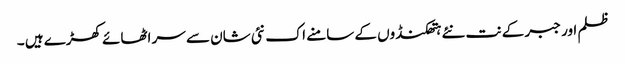
ظلم اور جبر کے نت نئے ہتھکنڈوں کے سامنے اک نئی شان سے سر اٹھائے کھڑے ہیں ۔